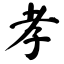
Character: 孝